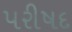
પરીષદ